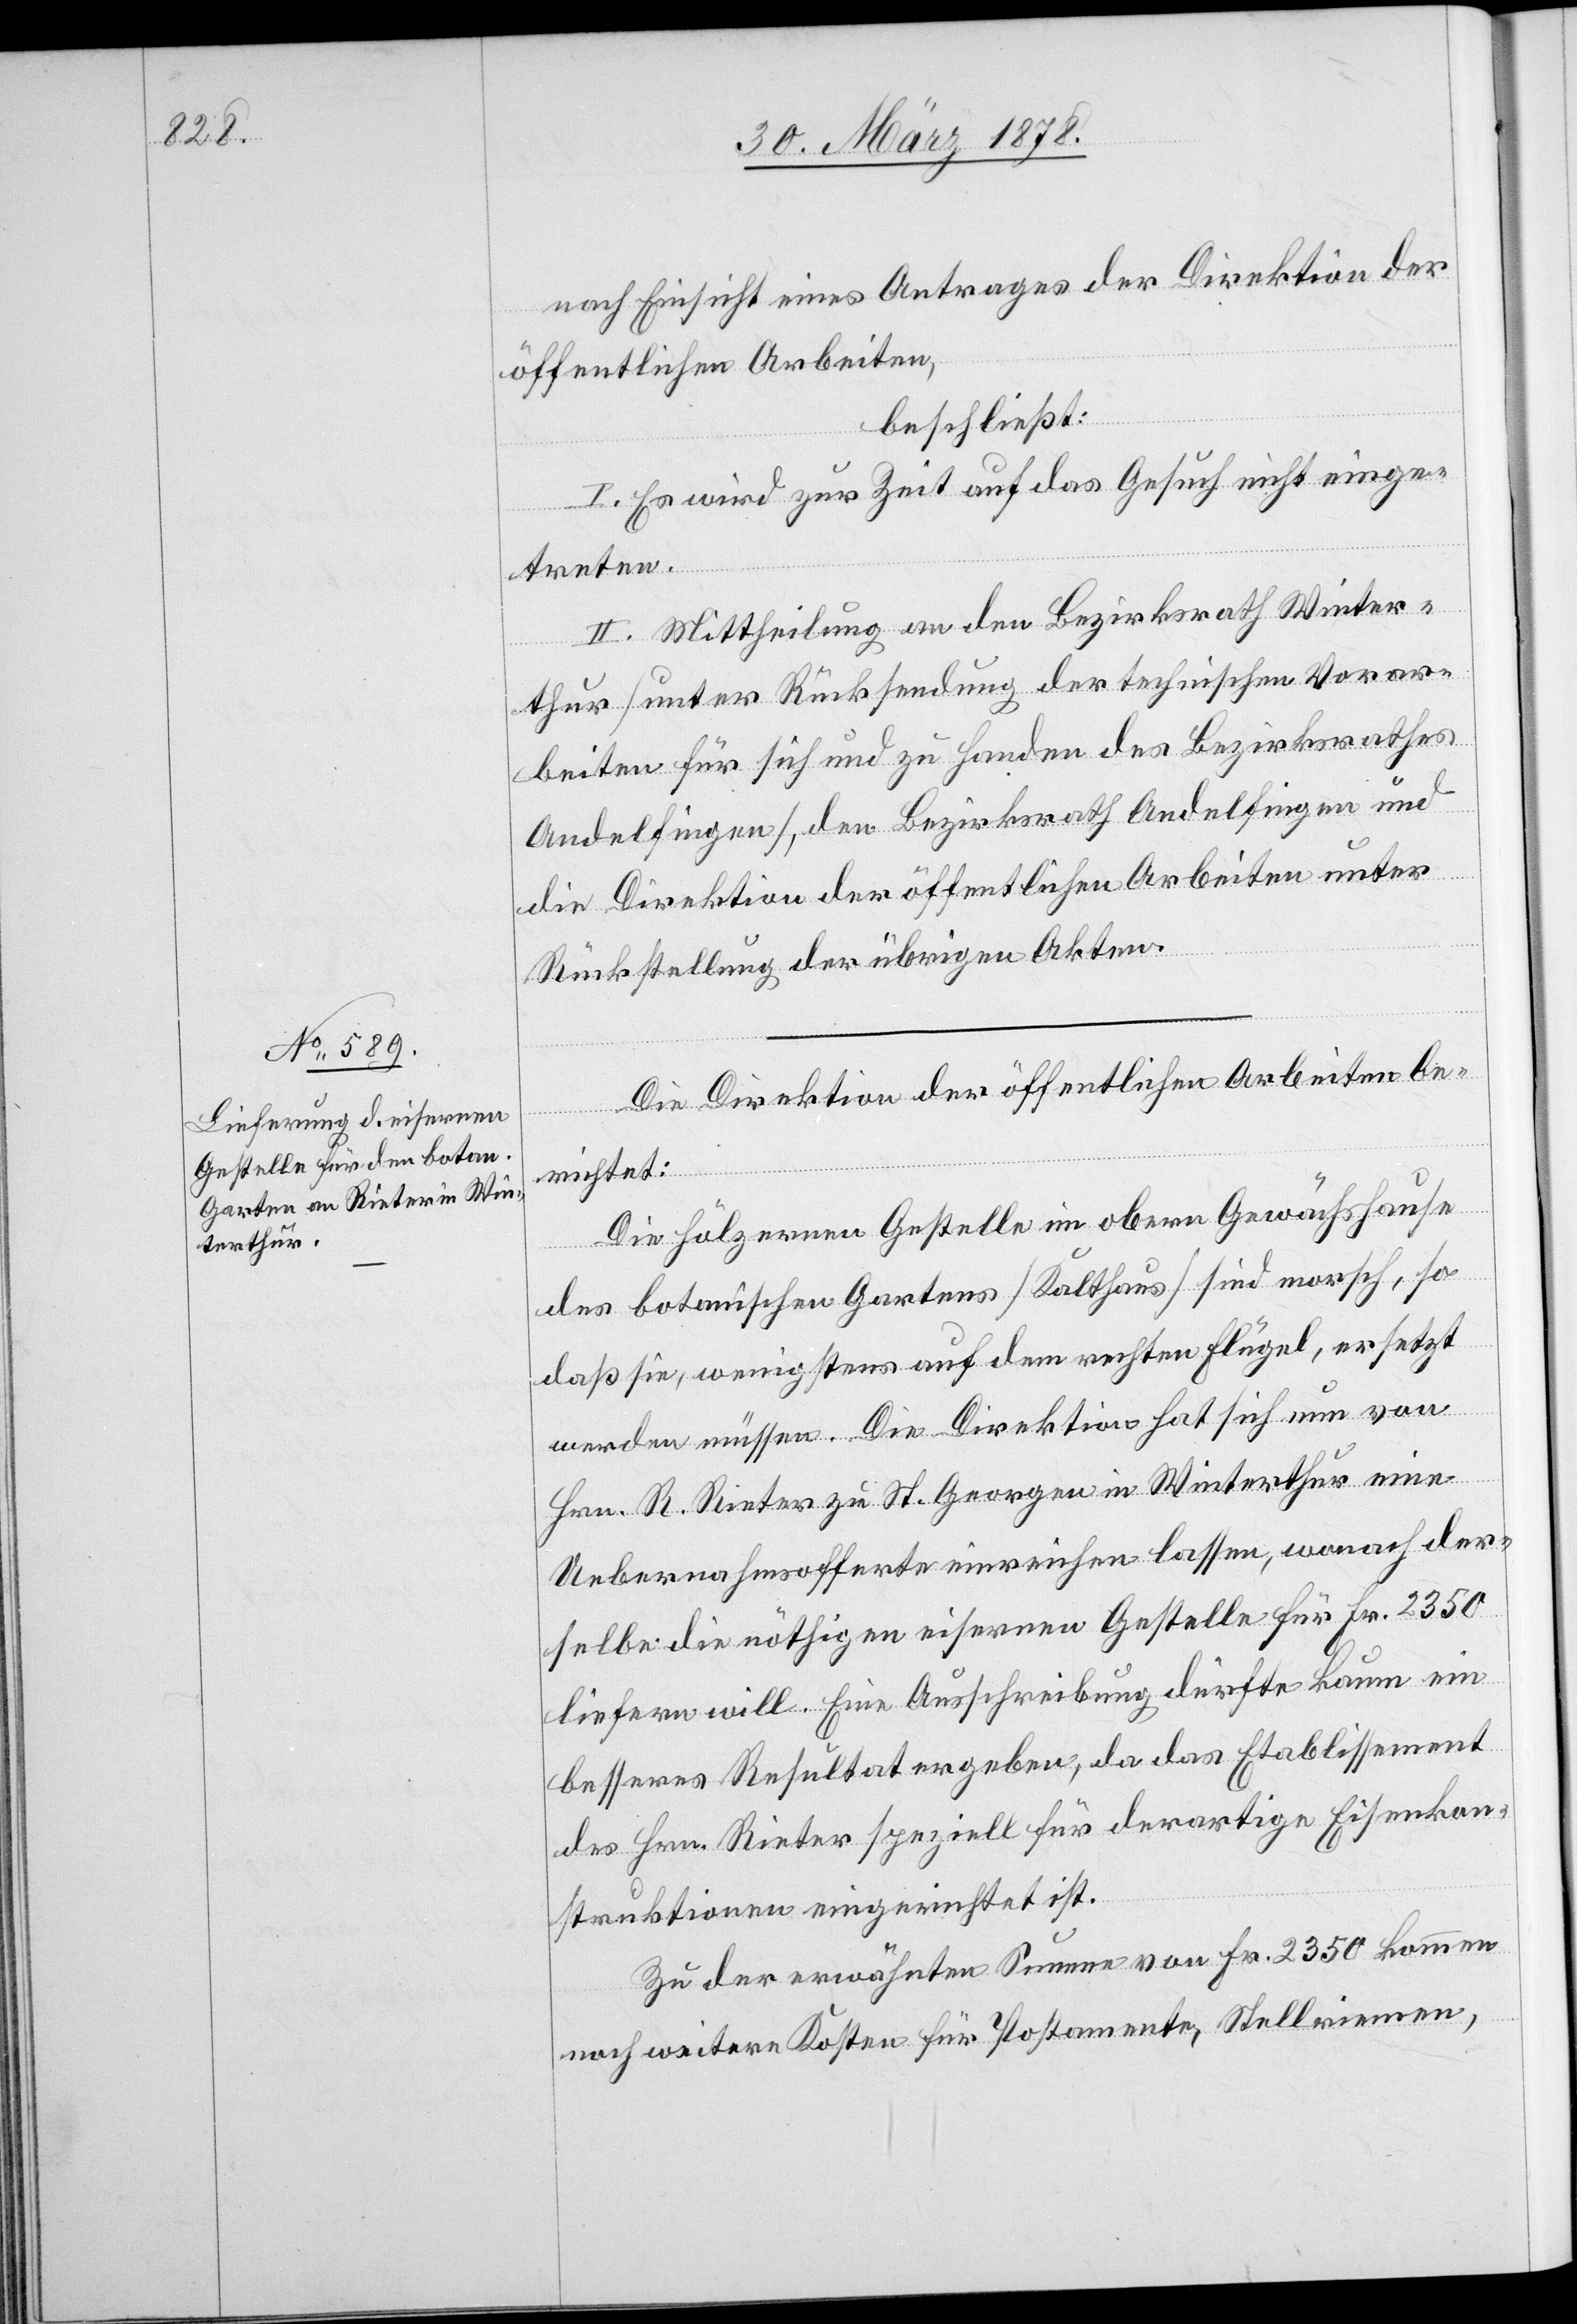
nach Einsicht eines Antrages der Direktion der
öffentlichen Arbeiten,
beschließt:
I. Es wird zur Zeit auf das Gesuch nicht einge¬
treten.
II. Mittheilung an den Bezirksrath Winter¬
thur (unter Rücksendung der technischen Vorar¬
beiten für sich und zu Handen des Bezirksrathes
Andelfingen), den Bezirksrath Andelfingen und
die Direktion der öffentlichen Arbeiten unter
Rückstellung der übrigen Akten.
Die Direktion der öffentlichen Arbeiten be¬
richtet:
Die hölzernen Gestelle im obern Gewächshause
des botanischen Gartens (Kalthaus) sind morsch, so
daß sie, wenigstens auf dem rechten Flügel, ersetzt
werden müssen. Die Direktion hat sich nun von
Hrn. R. Rieter zu St. Georgen in Winterthur eine
Uebernahmsofferte einreichen lassen, wonach der¬
selbe die nöthigen eisernen Gestelle für Fr. 2350
liefern will. Eine Ausschreibung dürfte kaum ein
besseres Resultat ergeben, da das Etablissement
des Hrn. Rieter speziell für derartige Eisenkon¬
struktionen eingerichtet ist.
Zu der erwähnten Summe von Fr. 2350 kommen
noch weitere Kosten für Postamente, Stellriemen,